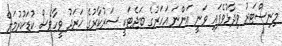
މިނިސްޓަރު ވިދާޅުވެފައި ވަނީ އަންނަ އަހަރުގެ ބަޖެޓަކީ ސަރުކާރުގެ ޚަރަދު ވީހާވެސް ކުޑަކުރުމަށް